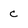
Character: c